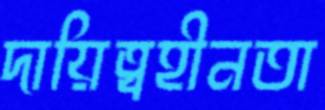
দায়িত্বহীনতা